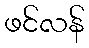
ဖင်လန်